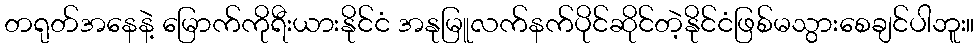
တရုတ်အနေနဲ့ မြောက်ကိုရီးယားနိုင်ငံ အနုမြူလက်နက်ပိုင်ဆိုင်တဲ့နိုင်ငံဖြစ်မသွားစေချင်ပါဘူး။